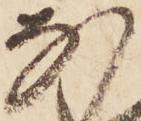
な